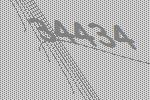
34434